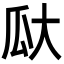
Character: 𪼳